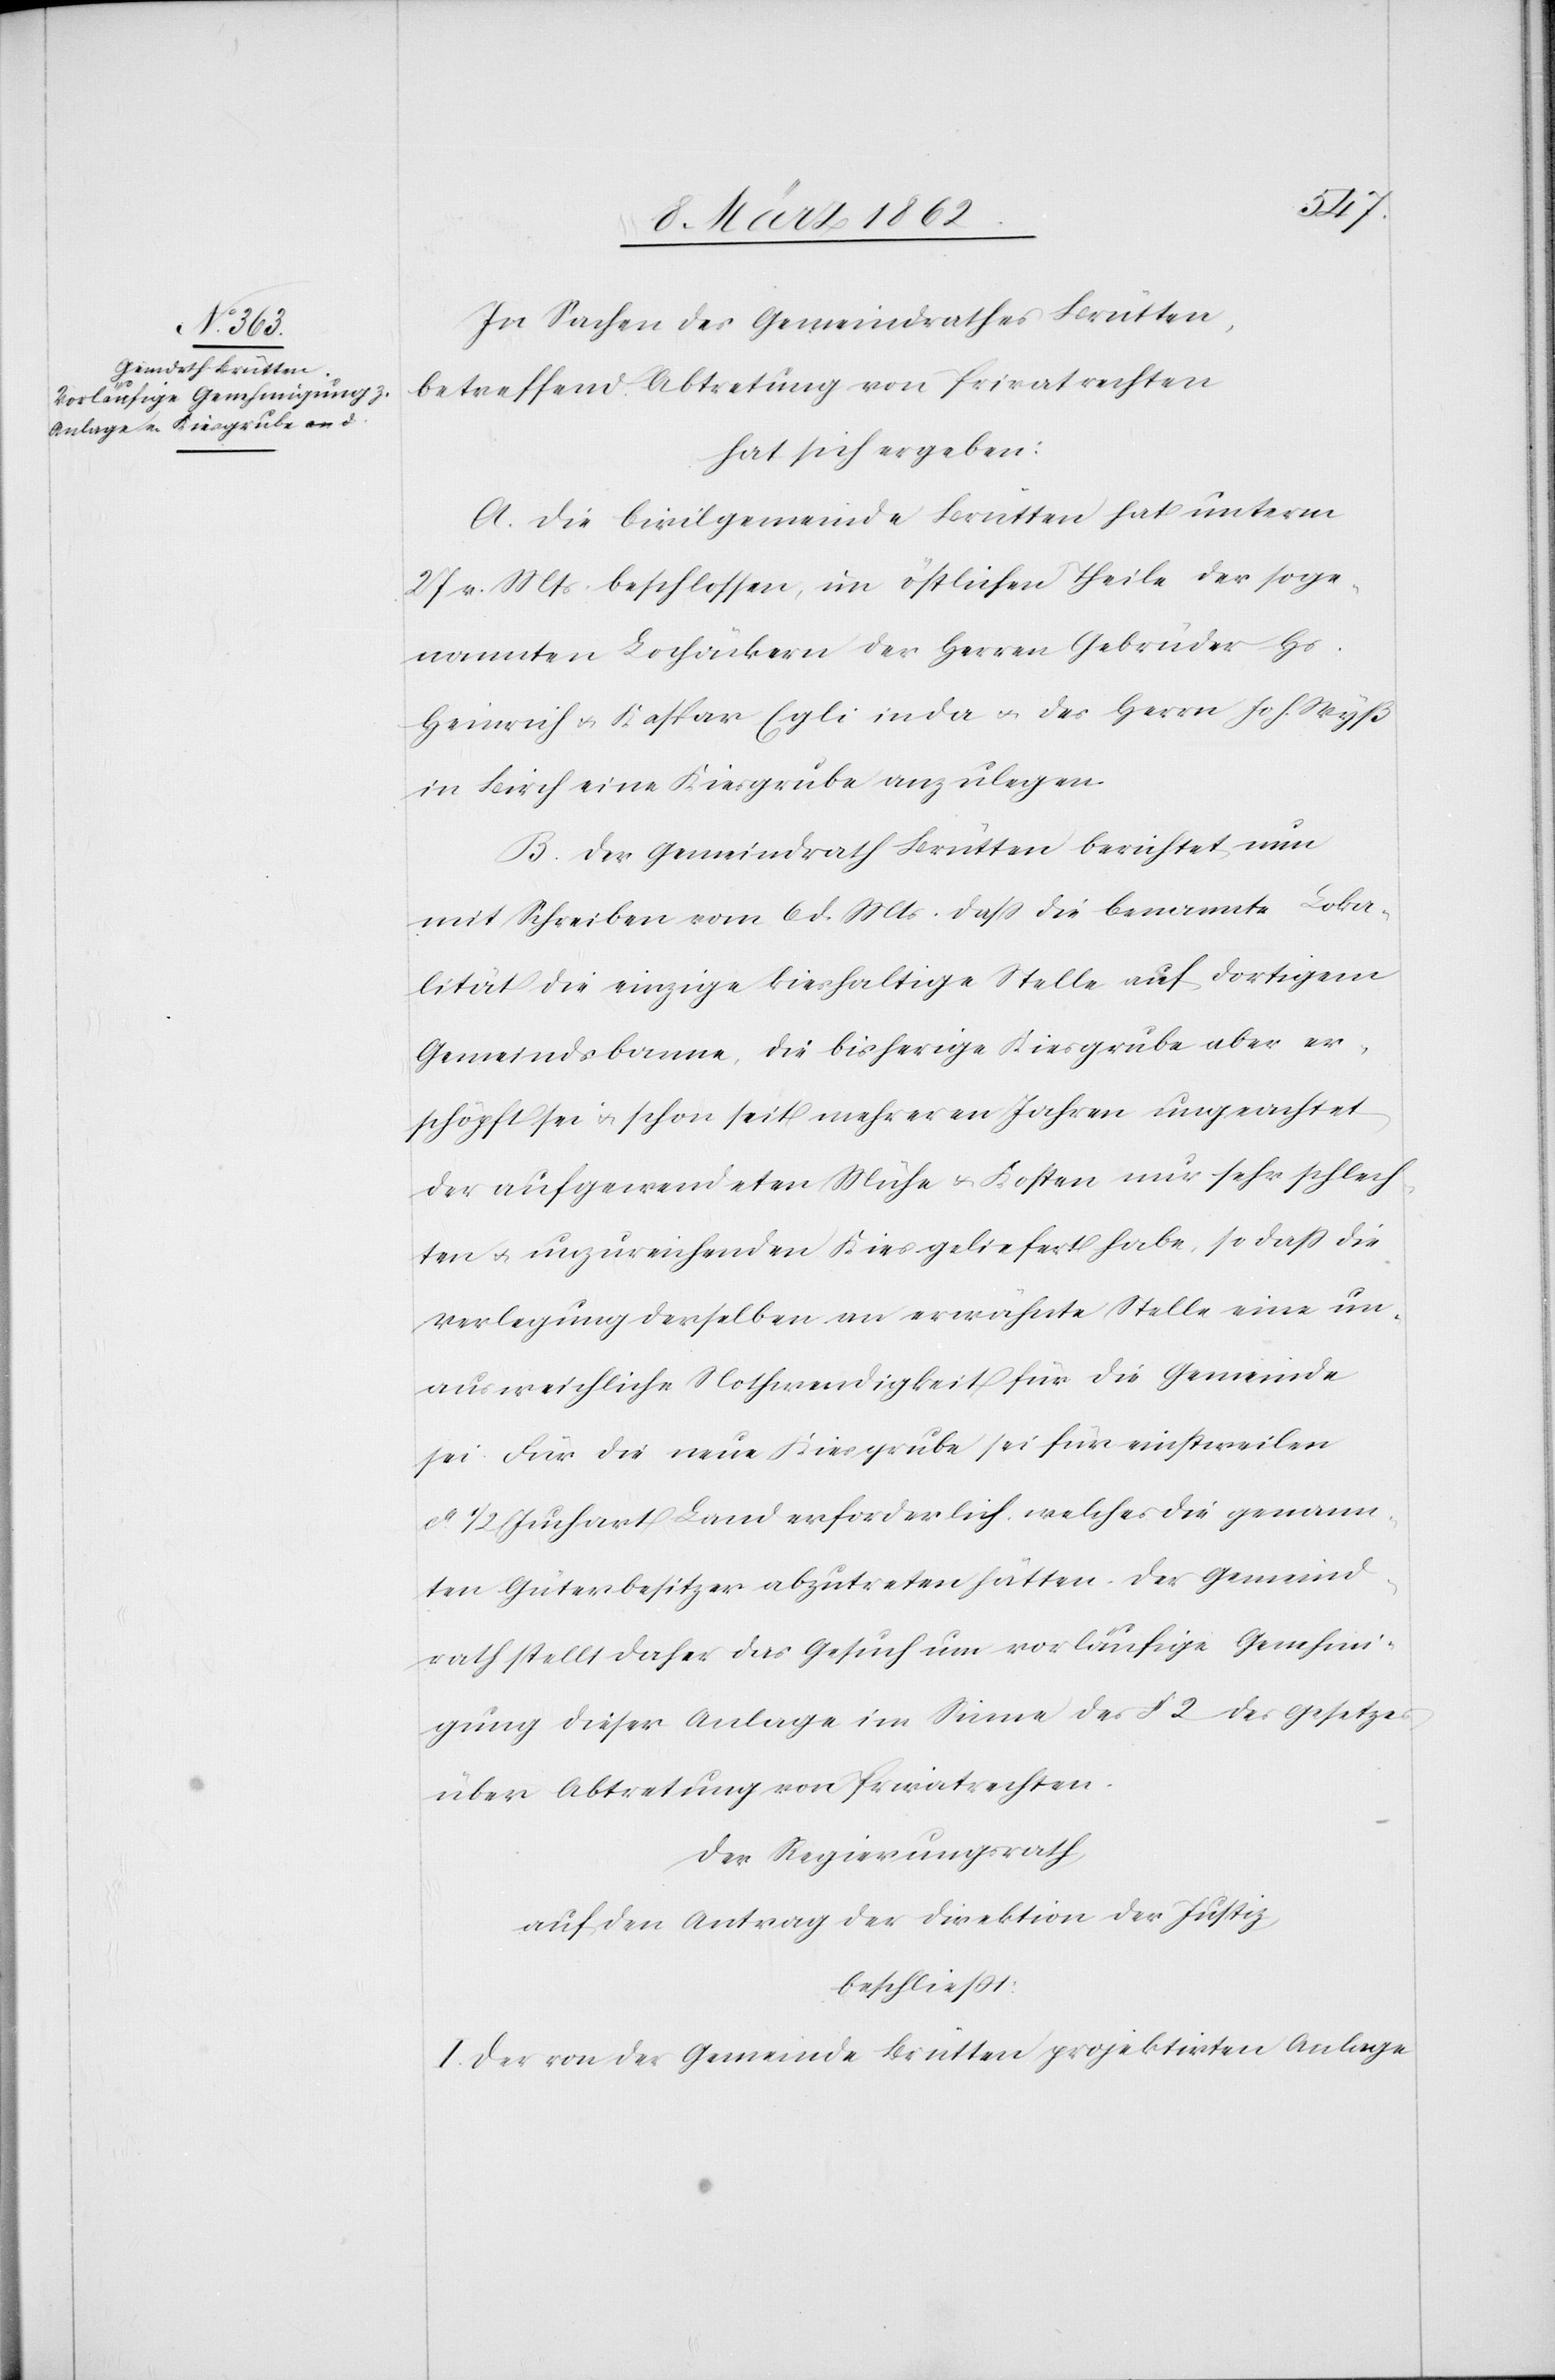
In Sachen des Gemeindrathes Brütten,
betreffend Abtretung von Privatrechten
hat sich ergeben:
A. Die Civilgemeinde Brütten hat unterm
27 v. Mts. beschlossen, im öffentlichen Theile der soge¬
nannten Lochäckern der Herren Gebrüder Hs.
Heinrich u. Kaspar Egli in da u. des Herrn Joh. Wyß
in Birch eine Kiesgrube anzulegen.
B. Der Gemeindrath Brütten berichtet nun
mit Schreiben vom 6 d. Mts. daß die benannte Loka¬
lität die einzige kieshaltige Stelle auf dortigem
Gemeindsbanne, die bisherige Kiesgrube aber er¬
schöpft sei u. schon seit mehreren Jahren ungeachtet
der aufgewendeten Mühe u. Kosten nur sehr schlech¬
ten u. unzureichenden Kies geliefert habe, so daß die
Verlegung derselben an erwähnte Stelle eine un¬
ausweichliche Nothwendigkeit für die Gemeinde
sei. Für die neue Kiesgrube sei für einstweilen
ca. 1/2 Juchart Land erforderlich, welches die genann¬
ten Güterbesitzer abzutreten hätten. Der Gemeind¬
rath stellt daher das Gesuch um vorläufige Genehmi¬
gung dieser Anlage im Sinne des § 2 des Gesetzes
über Abtretung von Privatrechten.
Der Regierungsrath
auf den Antrag der Direktion der Justiz
beschließt:
I. Der von der Gemeinde Brütten projektirten Anlage